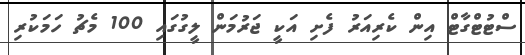
ސްޓުޓްގާޓް އިން ކެރިއަރު ފެށި އަކީ ޖަރުމަން ލީގުގައި 100 މެޗު ހަމަކުރި